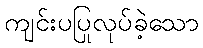
ကျင်းပပြုလုပ်ခဲ့သော